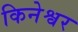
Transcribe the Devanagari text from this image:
किनेश्वर